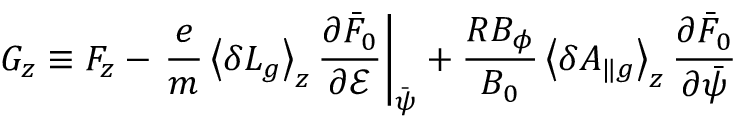
G _ { z } \equiv F _ { z } - \left. \frac { e } { m } \left\langle \delta L _ { g } \right\rangle _ { z } \frac { \partial \bar { F } _ { 0 } } { \partial \mathcal { E } } \right| _ { \bar { \psi } } + \frac { R B _ { \phi } } { B _ { 0 } } \left\langle \delta A _ { \| g } \right\rangle _ { z } \frac { \partial \bar { F } _ { 0 } } { \partial \bar { \psi } }